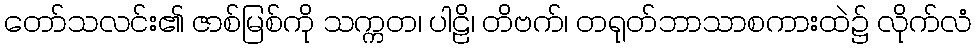
တော်သလင်း၏ ဇာစ်မြစ်ကို သက္ကတ၊ ပါဠိ၊ တိဗက်၊ တရုတ်ဘာသာစကားထဲ၌ လိုက်လံ